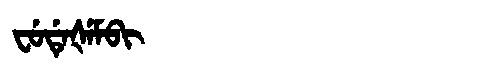
Manchu: ᠸᡠᡩᡝᡧᡝᠮᠪᡳ
Romanization: FUDEŠEMBI